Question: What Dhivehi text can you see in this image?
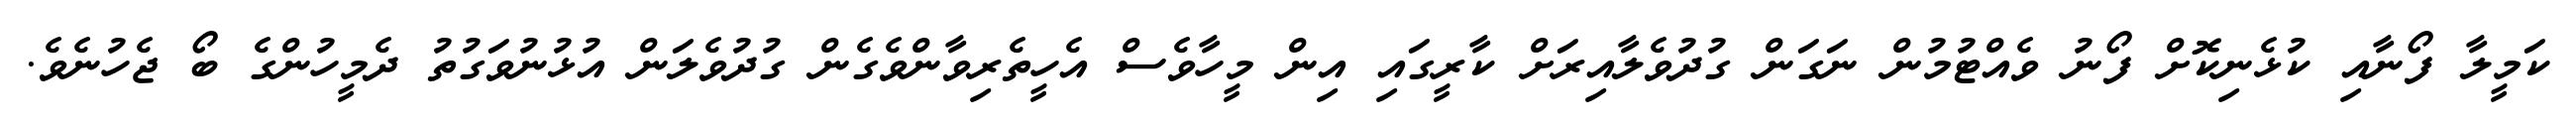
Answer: ކަމީލާ ފޯނާއި ކުޅެނިކޮށް ފޯނު ވެއްޓުމުން ނަގަން ގުދުވެލާއިރަށް ކާރީގައި އިން މީހާވެސް އެހީތެރިވާންވެގެން ގުދުވެލަން އުޅުނުވަގުތު ދެމީހުންގެ ބޯ ޖެހުނެވެ.